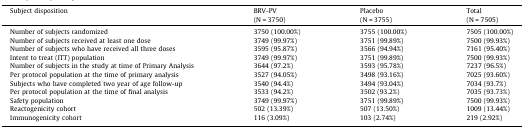
| <ROWSPAN=2> Subject disposition | BRV-PV | Placebo | Total |
 | (N = 3750) | (N = 3755) | (N = 7505) |
 | --- | --- | --- | --- |
 | Number of subjects randomized | 3750 (100.00%) | 3755 (100.00%) | 7505 (100.00%) |
 | Number of subjects received at least one dose | 3749 (99.97%) | 3751 (99.89%) | 7500 (99.93%) |
 | Number of subjects who have received all three doses | 3595 (95.87%) | 3566 (94.94%) | 7161 (95.40%) |
 | Intent to treat (ITT) population | 3749 (99.97%) | 3751 (99.89%) | 7500 (99.93%) |
 | Number of subjects in the study at time of Primary Analysis | 3644 (97.2%) | 3593 (95.78%) | 7237 (96.5%) |
 | Per protocol population at the time of primary analysis | 3527 (94.05%) | 3498 (93.16%) | 7025 (93.60%) |
 | Subjects who have completed two year of age follow-up | 3540 (94.4%) | 3494 (93.04%) | 7034 (93.7%) |
 | Per protocol population at the time of final analysis | 3533 (94.2%) | 3502 (93.2%) | 7035 (93.73%) |
 | Safety population | 3749 (99.97%) | 3751 (99.89%) | 7500 (99.93%) |
 | Reactogenicity cohort | 502 (13.39%) | 507 (13.50%) | 1009 (13.44%) |
 | Immunogenicity cohort | 116 (3.09%) | 103 (2.74%) | 219 (2.92%) |